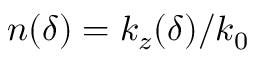
n ( \delta ) = k _ { z } ( \delta ) / k _ { 0 }